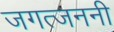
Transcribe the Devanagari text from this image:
जगत्जननी